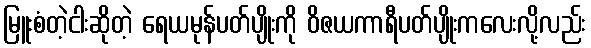
မြူးစံတဲ့ငါးဆိုတဲ့ ရေယမုန်ပတ်ပျိုးကို ဝိဇယကာရီပတ်ပျိုးကလေးလို့လည်း